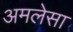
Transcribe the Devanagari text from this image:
अमलेसा